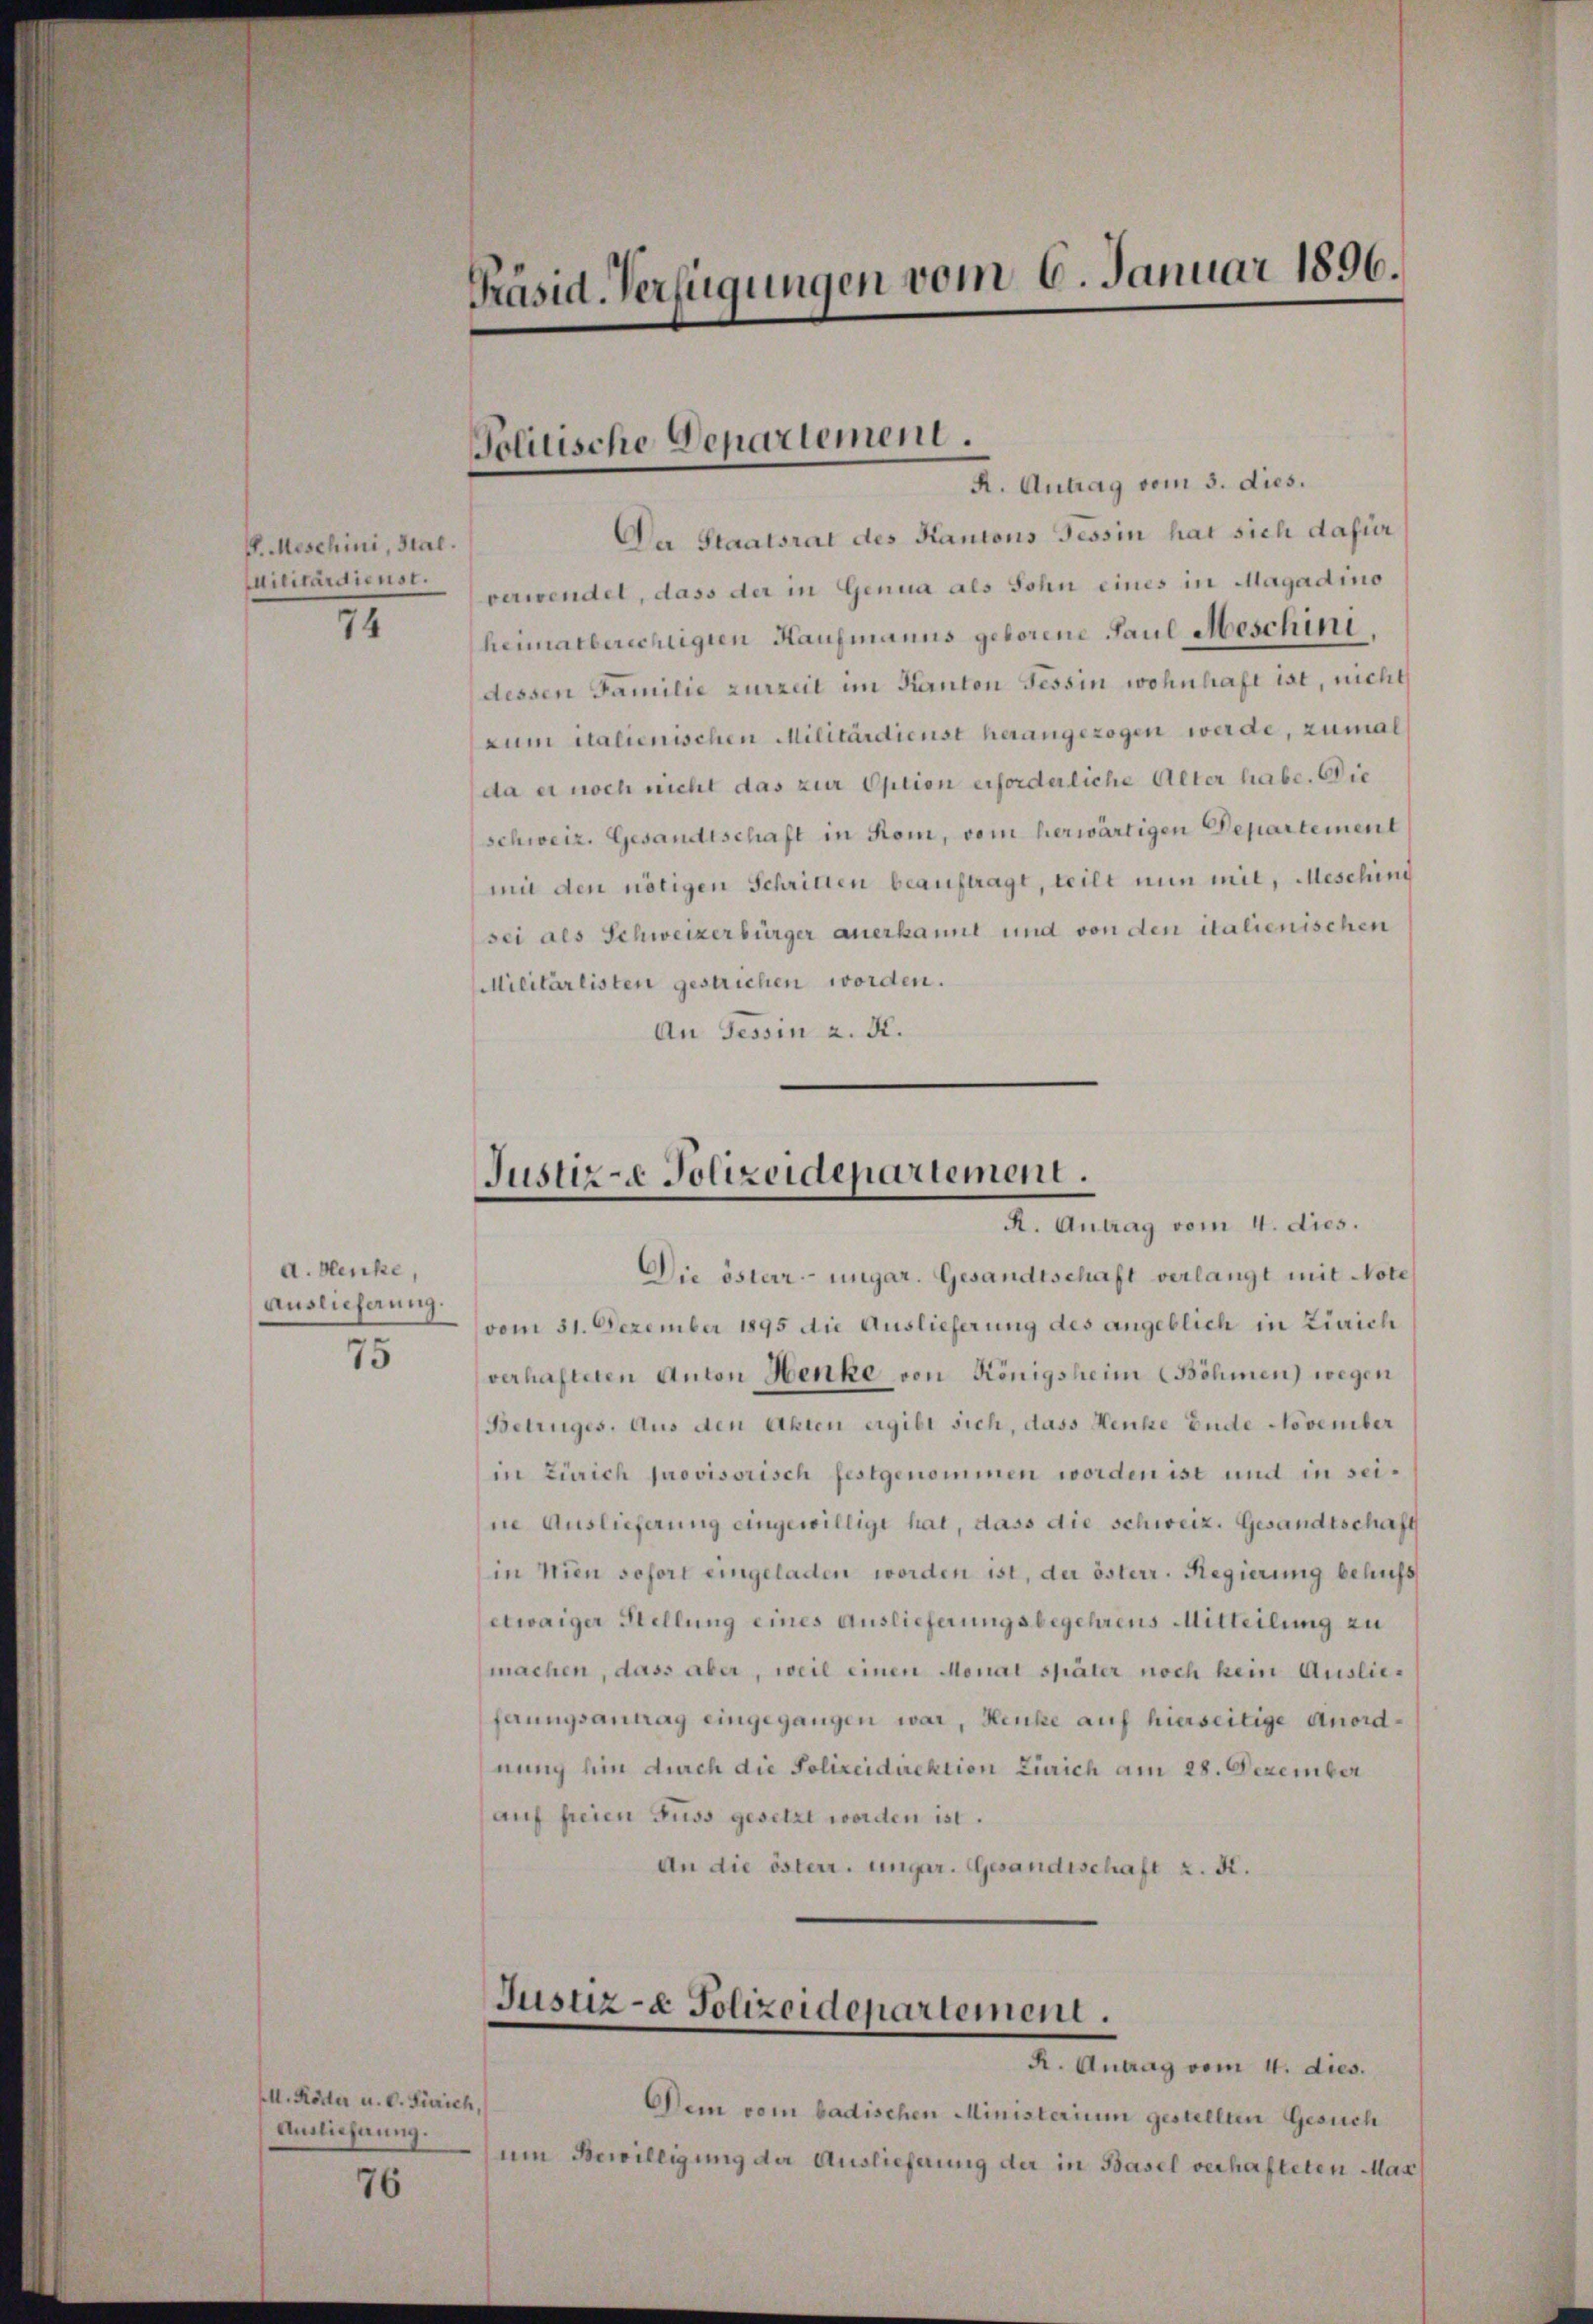
P. Meschini, Stal.
Militärdienst.

74

d. Hencke,
Auslieferung.
75

M. Röder u. c. Zürich,
Ausliefnung.

76

R. Antrag vom 3. dies.
Der Staatsrat des Kantons Tessin hat sich dafür
verwendet, dass der in Genua als Sohn eines in Magadino
heimatberechtigten Haufmanns geborene Paul Meschini
dessen Familie zurzeit im Kanton Tessin wohnhaft ist, nicht
zum italienischen Militärdienst herangezogen werde, zumal
da er noch nicht das zur Option erforderliche Alter habe. Die
schweiz. Gesandtschaft in Rom, vom herwärtigen Departement
mit den nötigen Schritten beauftragt, teilt nun mit, Mesching
sei als Schweizerbürger anerkannt und von den italienischen
Militärlisten gestrichen worden.
An Tessin a. K.

Präsid. Verfügungen vom 6. Januar 1896.

Politische Departement.

Justiz- Polizeidepartement.
R. Antrag vom 4. dies.

Die österr.-ungar. Gesandtschaft verlangt mit Note
vom 31. Dezember 1895 die Auslieferung des angeblich in Zürich
verhafteten Anton Henke von Königsheim (Böhmen) wegen
Betruges. Aus den Akten ergibt sich, dass Henke Ende November
in Zürich provisorisch festgenommen worden ist und in seine Auslieferung eingewilligt hat, dass die schweiz. Gesandtschaft
in Wien sofort eingeladen worden ist, der österr. Regierung behufs
etwaiger Stellung eines Auslieferungsbegehrens Mitteilung zu
machen, dass aber, weil einen Monal später noch kein Auslieferungsantrag eingegangen war, Henke auf hierseitige Anordnung hin durch die Polizeidirektion Zürich am 28. Dezember
auf freien Fuss gesetzt worden ist.
An die österr. ungar. Gesandtschaft z. B.
Justiz- & Polizeidepartement.
R. Antrag vom 4. dies.
Dein vom badischen Ministerium gestellten Gesuch
um Bewilligung der Auslieferung der in Basel verhafteten Mar¬